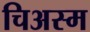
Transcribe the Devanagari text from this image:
चिअस्म